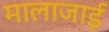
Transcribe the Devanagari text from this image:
मालाजाई